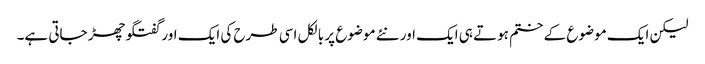
لیکن ایک موضوع کے ختم ہوتے ہی ایک اور نئے موضوع پر بالکل اسی طرح کی ایک اور گفتگو چھڑ جاتی ہے۔